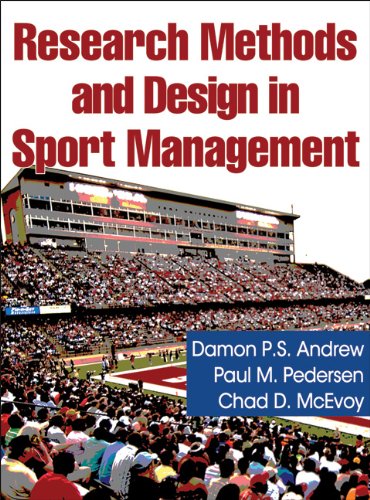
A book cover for Research Methods and Design in Sport Management; Damon Andrew; Business & Money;